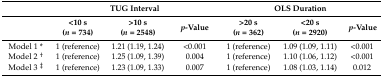
<table><thead><tr><td></td><td colspan="3"><b>TUG Interval</b></td><td colspan="3"><b>OLS Duration</b></td></tr><tr><td rowspan="2"></td><td><b>&lt;10 s</b></td><td><b>&gt;10 s</b></td><td rowspan="2"><b><i>p</i>-Value</b></td><td><b>&gt;20 s</b></td><td><b>&lt;20 s</b></td><td rowspan="2"><b><i>p</i>-Value</b></td></tr><tr><td><b>(<i>n</i> = 734)</b></td><td><b>(<i>n</i> = 2548)</b></td><td><b>(<i>n</i> = 362)</b></td><td><b>(<i>n</i> = 2920)</b></td></tr></thead><tbody><tr><td>Model 1 *</td><td>1 (reference)</td><td>1.21 (1.19, 1.24)</td><td>&lt;0.001</td><td>1 (reference)</td><td>1.09 (1.09, 1.11)</td><td>&lt;0.001</td></tr><tr><td>Model 2 <sup>†</sup></td><td>1 (reference)</td><td>1.25 (1.09, 1.39)</td><td>0.004</td><td>1 (reference)</td><td>1.10 (1.06, 1.12)</td><td>&lt;0.001</td></tr><tr><td>Model 3 <sup>‡</sup></td><td>1 (reference)</td><td>1.23 (1.09, 1.33)</td><td>0.007</td><td>1 (reference)</td><td>1.08 (1.03, 1.14)</td><td>0.012</td></tr></tbody></table>